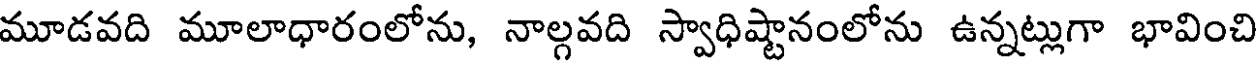
మూడవది మూలాధారంలోను, నాల్గవది స్వాధిష్టానంలోను ఉన్నట్లుగా భావించి